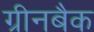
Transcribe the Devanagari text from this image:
ग्रीनबैक